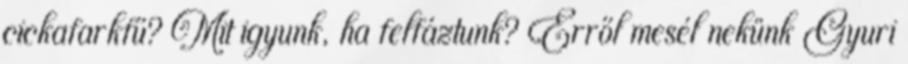
cickafarkfű? Mit igyunk, ha felfáztunk? Erről mesél nekünk Gyuri